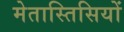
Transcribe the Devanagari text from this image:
मेतास्तिसियों